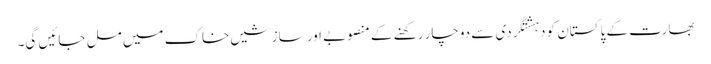
بھارت کے پاکستان کو دہشتگردی سے دوچار رکھنے کے منصوبے اور سازشیں خاک میں مل جائیں گی۔